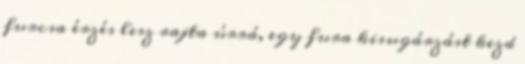
furcsa érzés lesz rajta úrrá, egy fura kisugárzást kezd